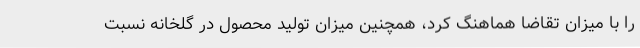
را با میزان تقاضا هماهنگ کرد، همچنین میزان تولید محصول در گلخانه نسبت